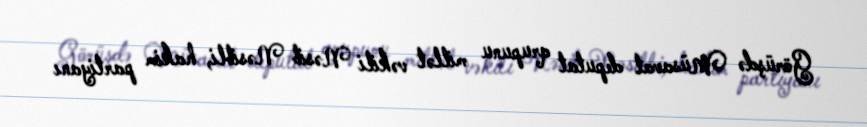
Görüşdə Müsavat deputat qrupunu millət vəkili Nəsib Nəsibli, hakim partiyanı